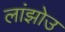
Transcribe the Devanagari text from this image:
लांझोउ